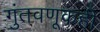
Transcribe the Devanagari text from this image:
गुंतवणूकही